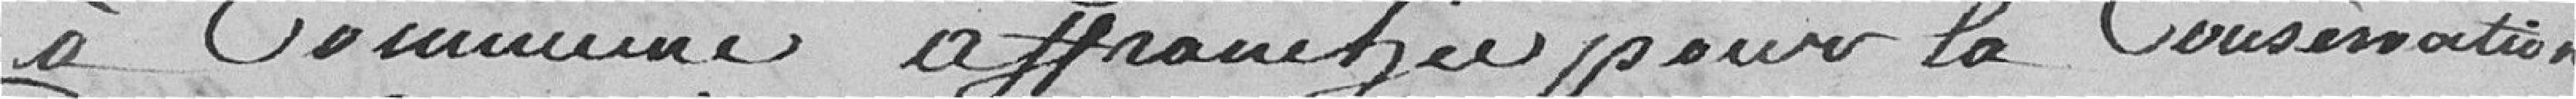
à commune affranchie pour la conservation